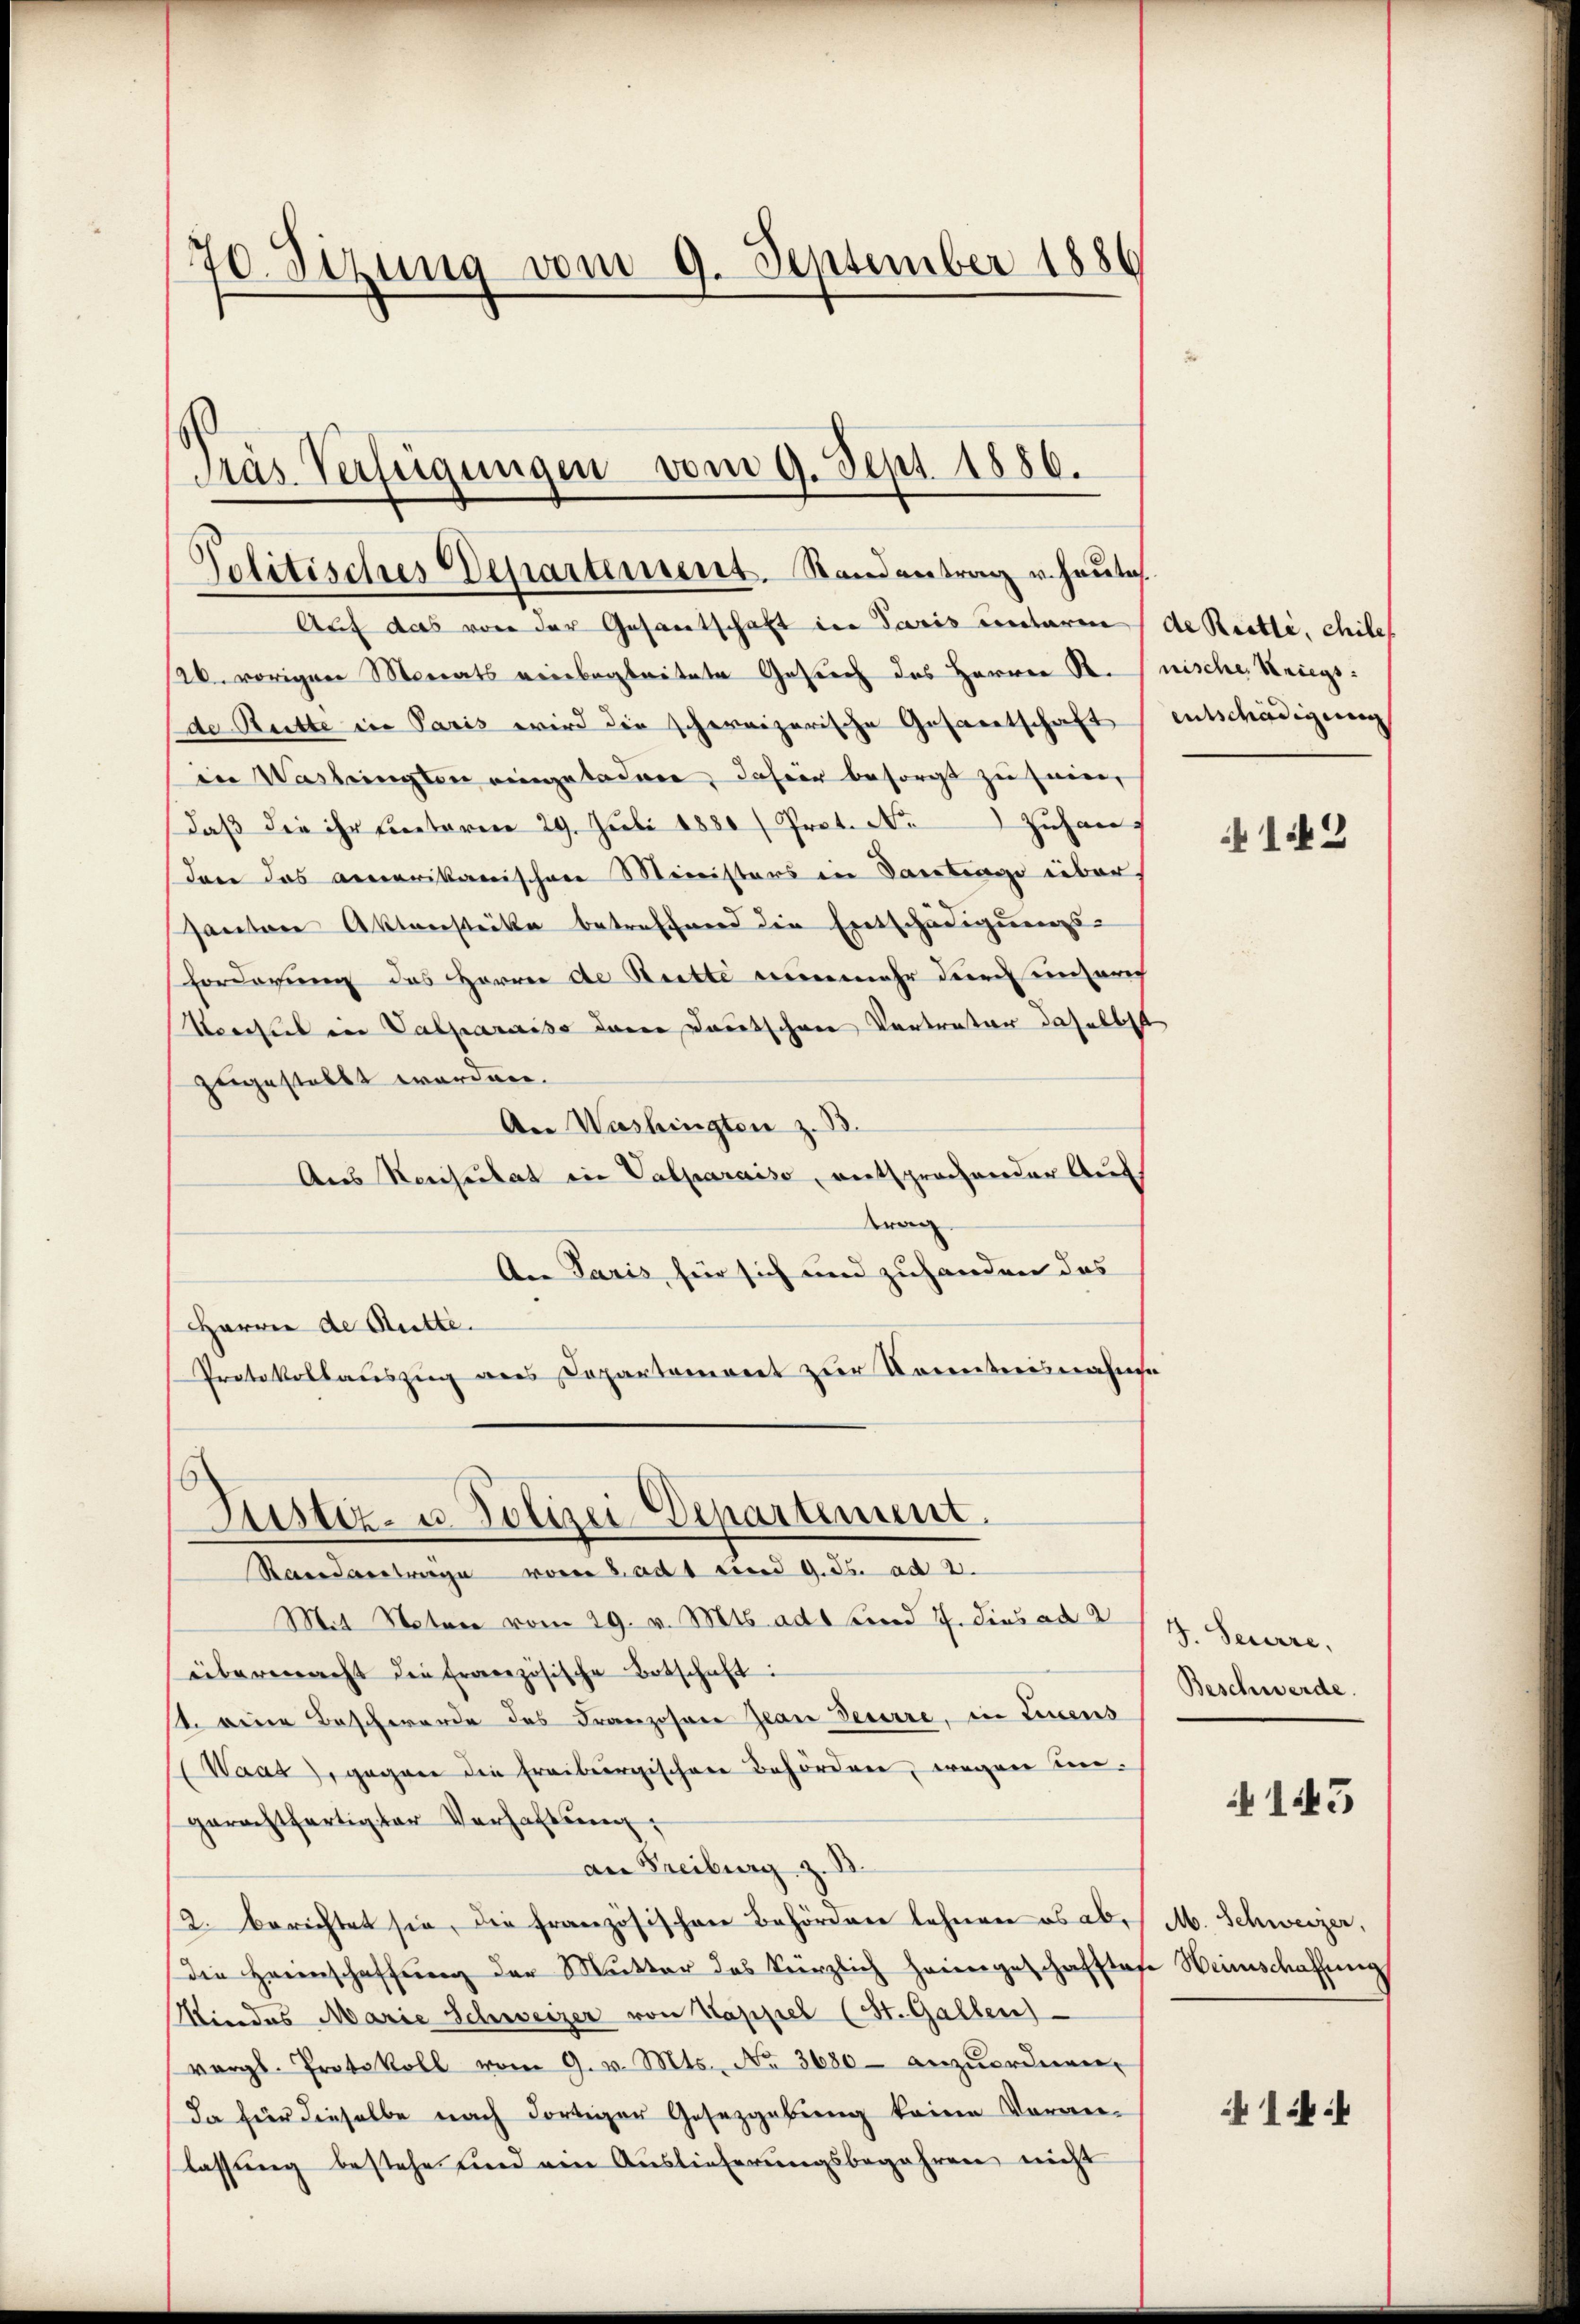
70. Sizung vom 9. September 1886

Präs. Verfügungen vom 9. Sept. 1886.
Politisches Departement. Standentrag u. heute

Auf das von der Gesantschaft in Paris unterm (de Reitli, chilet
26. vorigen Mariats reinbegleitete Gesich des Herren St. (nische Kriegsde Butte in Paris wird die schweizerische Gesandtschaft entschädigung
in Wasbringten eingeladere, dahier besorgt zu sein,
daß die ihr Ennetoren 29. Juli 1880 / Prot. N. Zuhaus
Dann das armerikanischen Ministers in Vortrage über
sautore Aktverstrikte betreffend die Entschädigungs-
Forderung des Herrn de Bette neinmehr durch einzurich
Vorchtet in Valparaiso darin deutschen Vertreter daselbst
zugestellt worden.
An Washingten z. B.
Aus Resutat in Valparaiso, entsprochender Aufda
An Paris für sich und zuhanden das
Harre de Stutte
Protokollauszug aus Departement zur Kenntnisnahme

Justiz- u. Polizei-Departement.
Randantrage vom 8. ad 1 und 9. ds. ad 2.
Mit Noten vom 29. v. Mts. ad sind 7. dies ad 2

übermacht die Französische Botschaft:
s. eine Beschwerde des Franzosen Jean Feuerre, in Einens
(Waat, gegann die Freibergischere Behörden, wegen ungerechtfertigter Verhaltung,
an Freiburg z. B.
12. berichtet sie, die Französischen Behörden lehnen es abdie Heimschaffung der Mutter das kürzlich heimgeschafttage Heimschaffung
Kindes Marie Schweizer von Kappel (St. Gallen)
vergl. Protokoll vom 9. v. Mts. No. 3680- anzŭordnen,
Da für dieselbe nach dortiger Gesetzgebung keine Voran-
lassung bestehe und ein Auslieferungsbegehren nicht

142

J. Feuerre,
Beschwerde.

1443

M. Schweizer,

144